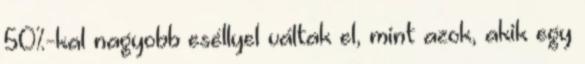
50%-kal nagyobb eséllyel váltak el, mint azok, akik egy